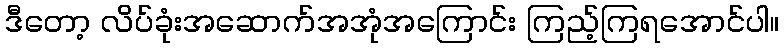
ဒီတော့ လိပ်ခုံးအဆောက်အအုံအကြောင်း ကြည့်ကြရအောင်ပါ။